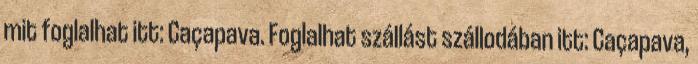
mit foglalhat itt: Caçapava. Foglalhat szállást szállodában itt: Caçapava,